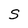
Character: S